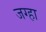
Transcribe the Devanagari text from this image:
जग्हा